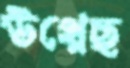
উথ্‌লেছ